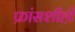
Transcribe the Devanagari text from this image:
फ्रांसशीही